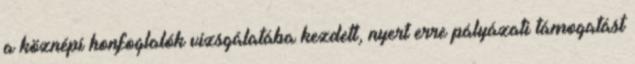
a köznépi honfoglalók vizsgálatába kezdett, nyert erre pályázati támogatást